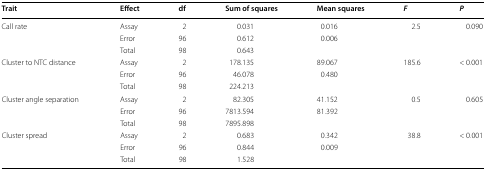
| Trait | Effect | df | Sum of squares | Mean squares | F | P |
 | --- | --- | --- | --- | --- | --- | --- |
 | <ROWSPAN=3> Call rate | Assay | 2 | 0.031 | 0.016 | 2.5 | 0.090 |
 | Error | 96 | 0.612 | 0.006 |  |  |
 | Total | 98 | 0.643 |  |  |  |
 | <ROWSPAN=3> Cluster to NTC distance | Assay | 2 | 178.135 | 89.067 | 185.6 | < 0.001 |
 | Error | 96 | 46.078 | 0.480 |  |  |
 | Total | 98 | 224.213 |  |  |  |
 | <ROWSPAN=3> Cluster angle separation | Assay | 2 | 82.305 | 41.152 | 0.5 | 0.605 |
 | Error | 96 | 7813.594 | 81.392 |  |  |
 | Total | 98 | 7895.898 |  |  |  |
 | <ROWSPAN=3> Cluster spread | Assay | 2 | 0.683 | 0.342 | 38.8 | < 0.001 |
 | Error | 96 | 0.844 | 0.009 |  |  |
 | Total | 98 | 1.528 |  |  |  |